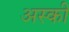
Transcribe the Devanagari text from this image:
अस्की